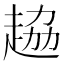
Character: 𧻒